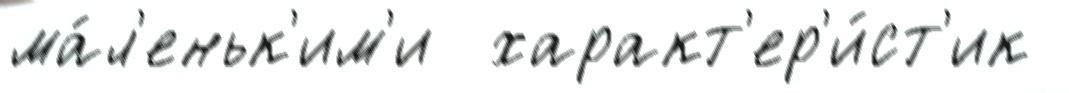
ма́л'еньк'им'и  характ'ер'и́ст'ик